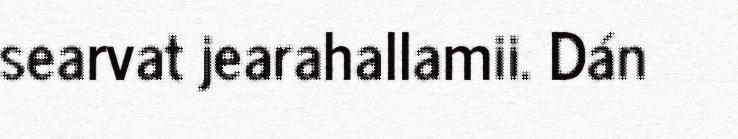
searvat jearahallamii. Dán